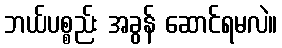
ဘယ်ပစ္စည်း အခွန် ဆောင်ရမလဲ။